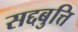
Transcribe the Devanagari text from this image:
सद्दबुत्ति